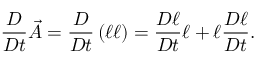
\frac { D } { D t } \vec { A } = \frac { D } { D t } \left( \boldsymbol { \ell } \boldsymbol { \ell } \right) = \frac { D \boldsymbol { \ell } } { D t } \boldsymbol { \ell } + \boldsymbol { \ell } \frac { D \boldsymbol { \ell } } { D t } .